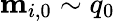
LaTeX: \mathbf{m}_{i,0}\sim q_{0}